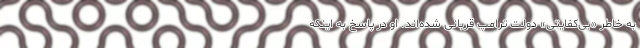
به خاطر «بی‌کفایتی» دولت ترامپ قربانی شده‌اند. او در پاسخ به اینکه